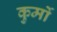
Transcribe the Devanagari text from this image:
कुर्मो